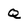
Character: O